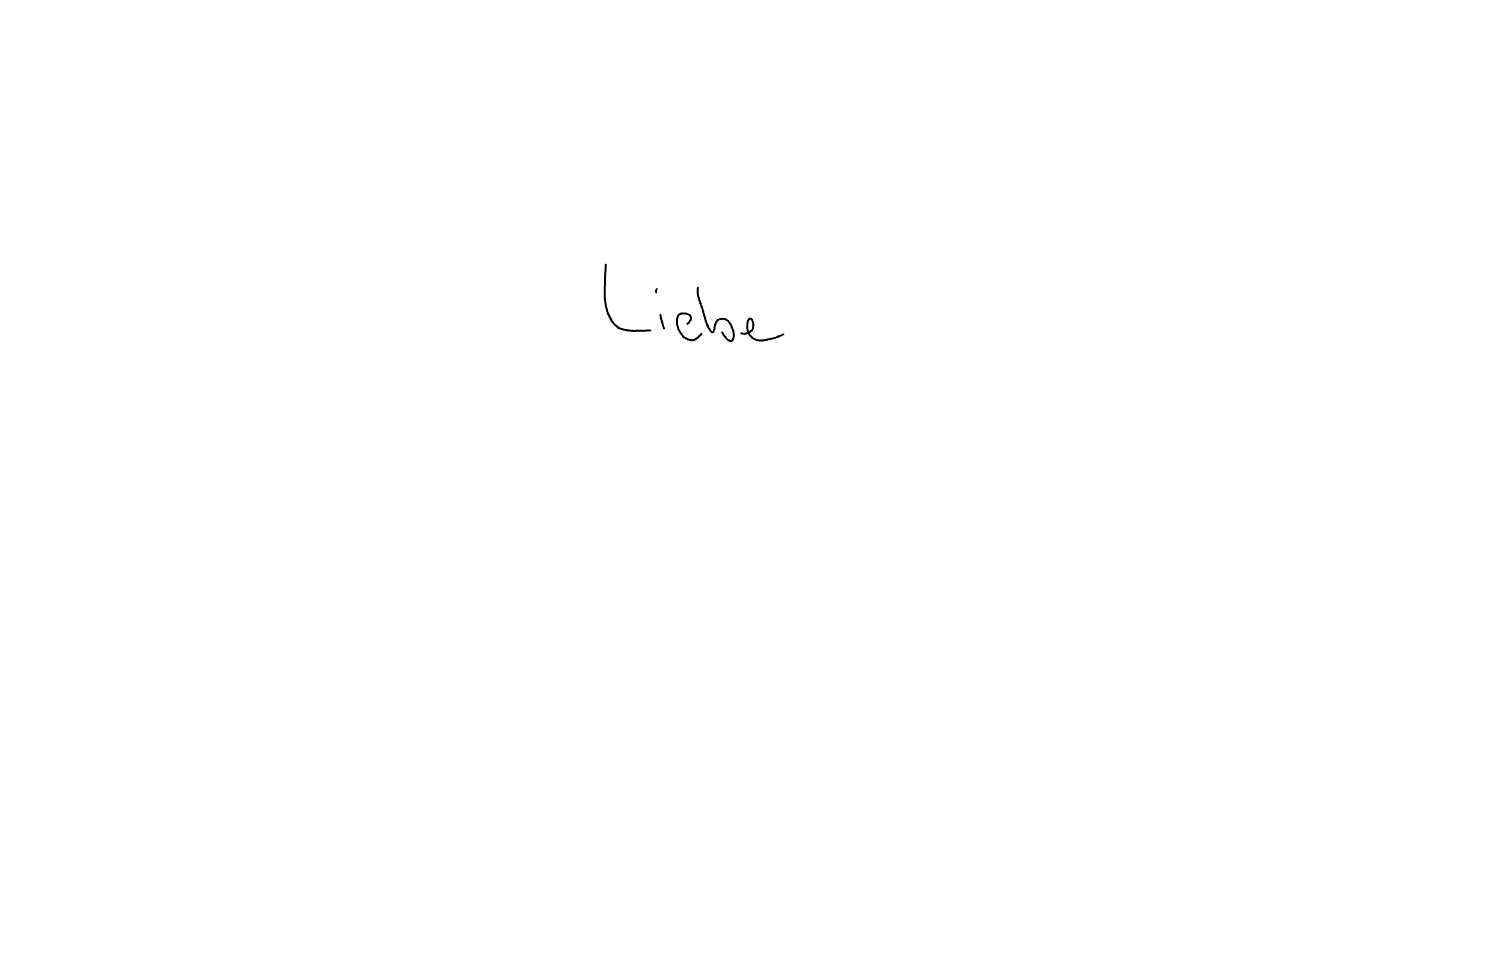
Text: Liebe